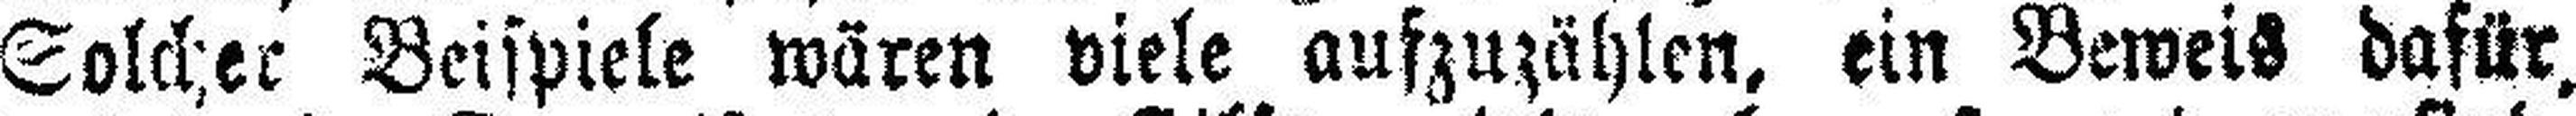
Solcher Beispiele wären viele aufzuzählen, ein Beweis dafür,